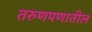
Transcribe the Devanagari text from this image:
तरुणपणातील